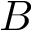
B